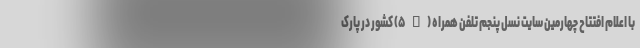
با اعلام افتتاح چهارمین سایت نسل پنجم تلفن همراه (۵G) کشور در پارک